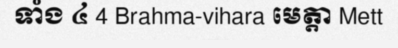
ទាំង ៤ 4 Brahma-vihara មេត្តា Mett